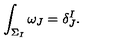
\int _ { \Sigma _ { I } } \omega _ { J } = \delta _ { J } ^ { I } .